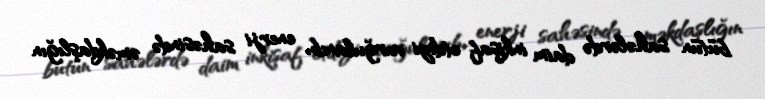
bütün sahələrdə daim inkişaf etdiyi vurğulanıb, enerji sahəsində əməkdaşlığın